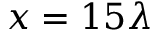
x = 1 5 \lambda